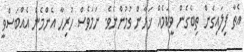
އެތާ ފިލައިގެން ތިބެގެން ވީކަމެއް ޚަރާން ވުމުންނެވެ. ނަމަވެސް ހުރިހާ އެންމެން އެއްބަސްވީ